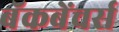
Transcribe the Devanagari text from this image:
बॅकबेंचर्स